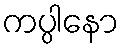
ကပ္ပါနော